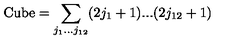
\mathrm { C u b e } = \sum _ { j _ { 1 } . . . j _ { 1 2 } } ( 2 j _ { 1 } + 1 ) . . . ( 2 j _ { 1 2 } + 1 )